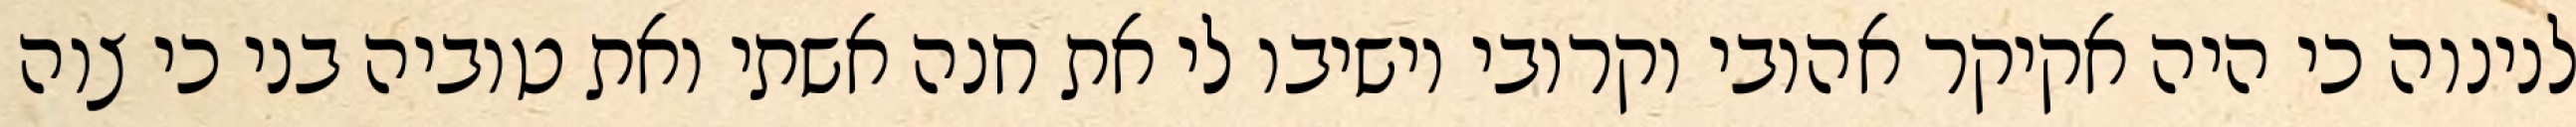
לנינוה כי היה אקיקר אהובי וקרובי וישיבו לי את חנה אשתי ואת טוביה בני כי צוה